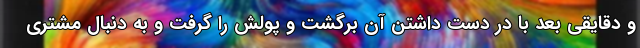
و دقایقی بعد با در دست داشتن آن برگشت و پولش را گرفت و به دنبال مشتری